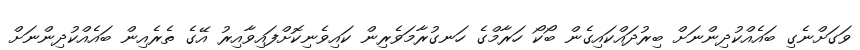
ވަގަށްނެގި ބައެއްކުދިންނަށް ބިރުދައްކައިގެން ބޯކޯ ހަރާމްގެ ހަނގުރާމަވެރިން ކައިވެނިކޮށްފައިވާއިރު އޭގެ ތެރެއިން ބައެއްކުދިންނަށް